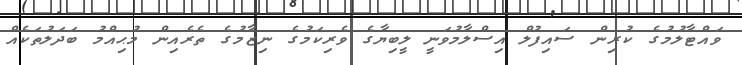
ވައްޓާލުމުގެ ކުރިން ސައިފުލް އިސްލާމުވަނީ ލީބިޔާގެ ވެރިކަމުގެ ނިޒާމުގެ ތެރެއިން މުޙިއްމު ބަދަލުތަކެއް